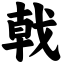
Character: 戟